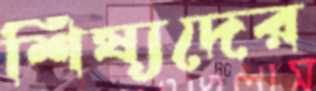
শিষ্যদের